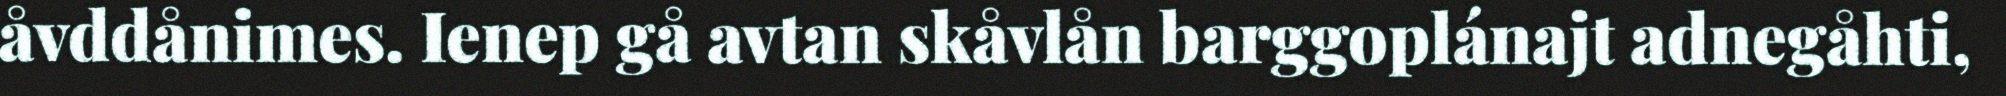
åvddånimes. Ienep gå avtan skåvlån barggoplánajt adnegåhti,